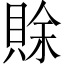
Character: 賖